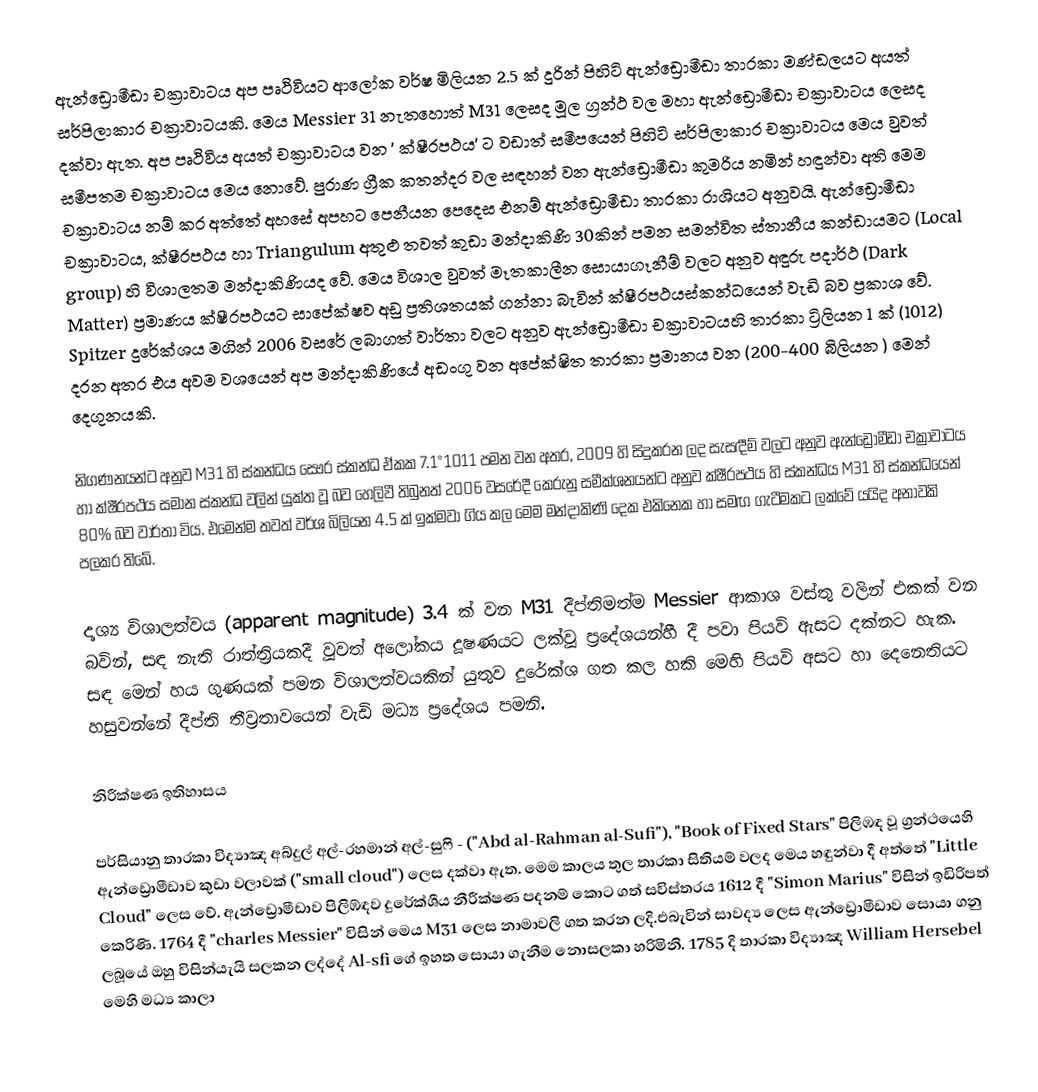
ඇන්ඩ්‍රොමීඩා චක්‍රාවාටය අප පෘථිවියට ආලෝක වර්ෂ මිලියන 2.5 ක් දුරින් පිහිටි ඇන්ඩ්‍රොමීඩා තාරකා මණ්ඩලයට අයත් සර්පිලාකාර චක්‍රාවාටයකි. මෙය Messier 31 නැතහොත් M31 ලෙසද මූල ග්‍රන්ථ වල මහා ඇන්ඩ්‍රොමීඩා චක්‍රාවාටය ලෙසද දක්වා ඇත. අප පෘථිවිය අයත් චක්‍රාවාටය වන ' ක්ෂීරපථය' ට වඩාත් සමීපයෙන් පිහිටි සර්පිලාකාර චක්‍රාවාටය මෙය වුවත් සමීපතම චක්‍රාවාටය මෙය නොවේ. පුරාණ ග්‍රීක කතන්දර වල සඳහන් වන ඇන්ඩ්‍රොමීඩා කුමරිය නමින් හඳුන්වා අති මෙම චක්‍රාවාටය නම් කර අත්තේ අහසේ අපහට පෙනීයන පෙදෙස එනම් ඇන්ඩ්‍රොමීඩා තාරකා රාශියට අනුවයි. ඇන්ඩ්‍රොමීඩා චක්‍රාවාටය, ක්ෂීරපථය හා Triangulum අතුළු තවත් කුඩා මන්දාකිණි 30කින් පමන සමන්විත ස්තානීය කන්ඩායමට (Local group) හි විශාලතම මන්දාකිණියද වේ. මෙය විශාල වුවත් මෑතකාලීන සොයාගෑනීම් වලට අනුව අඳුරු පදාර්ථ (Dark Matter) ප්‍රමාණය ක්ෂීරපථයට සාපේක්ෂව අඩු ප්‍රතිශතයක් ගන්නා බැවින් ක්ෂීරපථයස්කන්ධයෙන් වැඩි බව ප්‍රකාශ වේ. Spitzer දුරේක්ශය මගින් 2006 වසරේ ලබාගත් වාර්තා වලට අනුව ඇන්ඩ්‍රොමීඩා චක්‍රාවාටයහි තාරකා ට්‍රිලියන 1 ක් (1012) දරන අතර එය අවම වශයෙන් අප මන්දාකිණියේ අඩංගු වන අපේක්ෂිත තාරකා ප්‍රමානය වන (200-400 බිලියන ) මෙන් දෙගුනයකි.

නිගණනයන්ට අනුව M31 හි ස්කන්ධය සෞර ස්කන්ධ ඒකක 7.1*1011 පමන වන අතර, 2009 හි සිදුකරන ලද සැසඳීම් වලට අනුව ඇන්ඩ්‍රොමීඩා චක්‍රාවාටය හා ක්ෂීරපථය සමාන ස්කන්ධ වලින් යුක්ත වූ බව හෙලිවී තිබුනත් 2006 වසරේදී කෙරුනු සමීක්ශනයන්ට අනුව ක්ෂීරපථය හි ස්කන්ධය M31 හි ස්කන්ධයෙන් 80% බව වාර්තා විය. එමෙන්ම තවත් වර්ශ බිලියන 4.5 ක් ඉක්මවා ගිය කල මෙම මන්දාකිණි දෙක එකිනෙක හා සමඟ ගැටීමකට ලක්වේ යයිද අනාවකි පලකර තිබේ.

දෘශ්‍ය විශාලත්වය (apparent magnitude) 3.4 ක් වන M31 දීප්තිමත්ම Messier ආකාශ වස්තු වලින් එකක් වන බවින්, සඳ නැති රාත්ත්‍රියකදී වූවත් අලෝකය දූෂණයට ලක්වූ ප්‍රදේශයන්හී දී පවා පියවි ඇසට දක්නට හැක. සඳ මෙන් හය ගුණයක් පමන විශාලත්වයකින් යුතුව දුරේක්ශ ගත කල හකි මෙහි පියවි අසට හා දෙනෙතියට හසුවන්නේ දීප්ති තීව්‍රතාවයෙන් වැඩි මධ්‍ය ප්‍රදේශය පමනි.

නිරීක්ෂණ ඉතිහාසය

පර්සියානු තාරකා විද්‍යාඤ අබ්දුල් අල්-රහමාන් අල්-සුෆි - ("Abd al-Rahman al-Sufi"),  "Book of Fixed Stars" පිලිඹඳ වූ ග්‍රන්ථයෙහි ඇන්ඩ්‍රොමීඩාව කුඩා වලාවක් ("small cloud") ලෙස දක්වා ඇත. මෙම කාලය තුල තාරකා සිතියම් වලද මෙය හඳුන්වා දී අත්තේ  "Little Cloud" ලෙස වේ. ඇන්ඩ්‍රොමීඩාව පිලිඹ්ඳව දුරේක්ශීය නීරීක්ෂණ පදනම් කොට ගත් සවිස්තරය 1612 දී "Simon Marius"  විසින් ඉඩිරිපත් කෙරිණි. 1764 දී "charles Messier"  විසින් මෙය M31 ලෙස නාමාවලි ගත කරන ලදි.එබැවින් සාවද්‍ය ලෙස ඇන්ඩ්‍රොමීඩාව සොයා ගනු ලබූයේ ඔහු විසින්යැයි සලකන ලද්දේ Al-sfi ගේ ඉහත සොයා ගැනීම නොසලකා හරිමිනි. 1785 දි තාරකා විද්‍යාඤ  William Hersebel  මෙහි මධ්‍ය කාලා